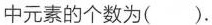
中元素的个数为( ).